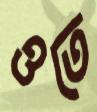
ওতে